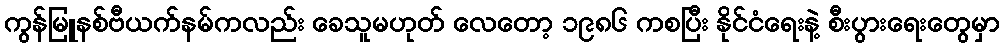
ကွန်မြူနစ်ဗီယက်နမ်ကလည်း ခေသူမဟုတ် လေတော့ ၁၉၈၆ ကစပြီး နိုင်ငံရေးနဲ့ စီးပွားရေးတွေမှာ